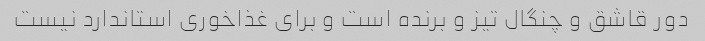
دور قاشق و چنگال تیز و برنده است و برای غذاخوری استاندارد نیست